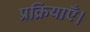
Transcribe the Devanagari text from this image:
प्रक्रियाएँ।